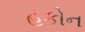
હકોન